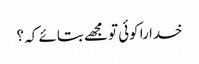
خدا را کوئی تو مجھے بتائے کہ ؟